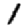
Digit: 1